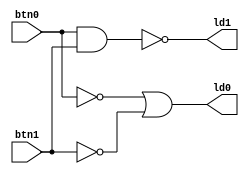
`timescale 1ns / 1ps
//////////////////////////////////////////////////////////////////////////////////
// Company: 
// Engineer: 
// 
// Design Name: 
// Module Name:    szorgalmihdl 
// Project Name: 
// Target Devices: 
// Tool versions: 
// Description: 
//
// Dependencies: 
//
// Revision: 
// Revision 0.01 - File Created
// Additional Comments: 
//
//////////////////////////////////////////////////////////////////////////////////
module szorgalmihdl(
	input btn0, btn1,
	output ld0, ld1
    );
assign ld1 = ~ (btn0 & btn1);
assign ld0 = ~ btn0 | ~ btn1;


endmodule